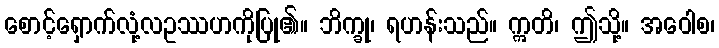
စောင့်ရှောက်လုံ့လဥဿဟကိုပြု၏။ ဘိက္ခု၊ ရဟန်းသည်။ ဣတိ၊ ဤသို့။ အဝေါစ၊